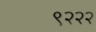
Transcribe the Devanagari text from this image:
९२२२